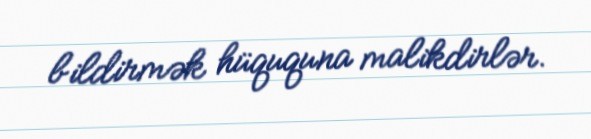
bildirmək hüququna malikdirlər.